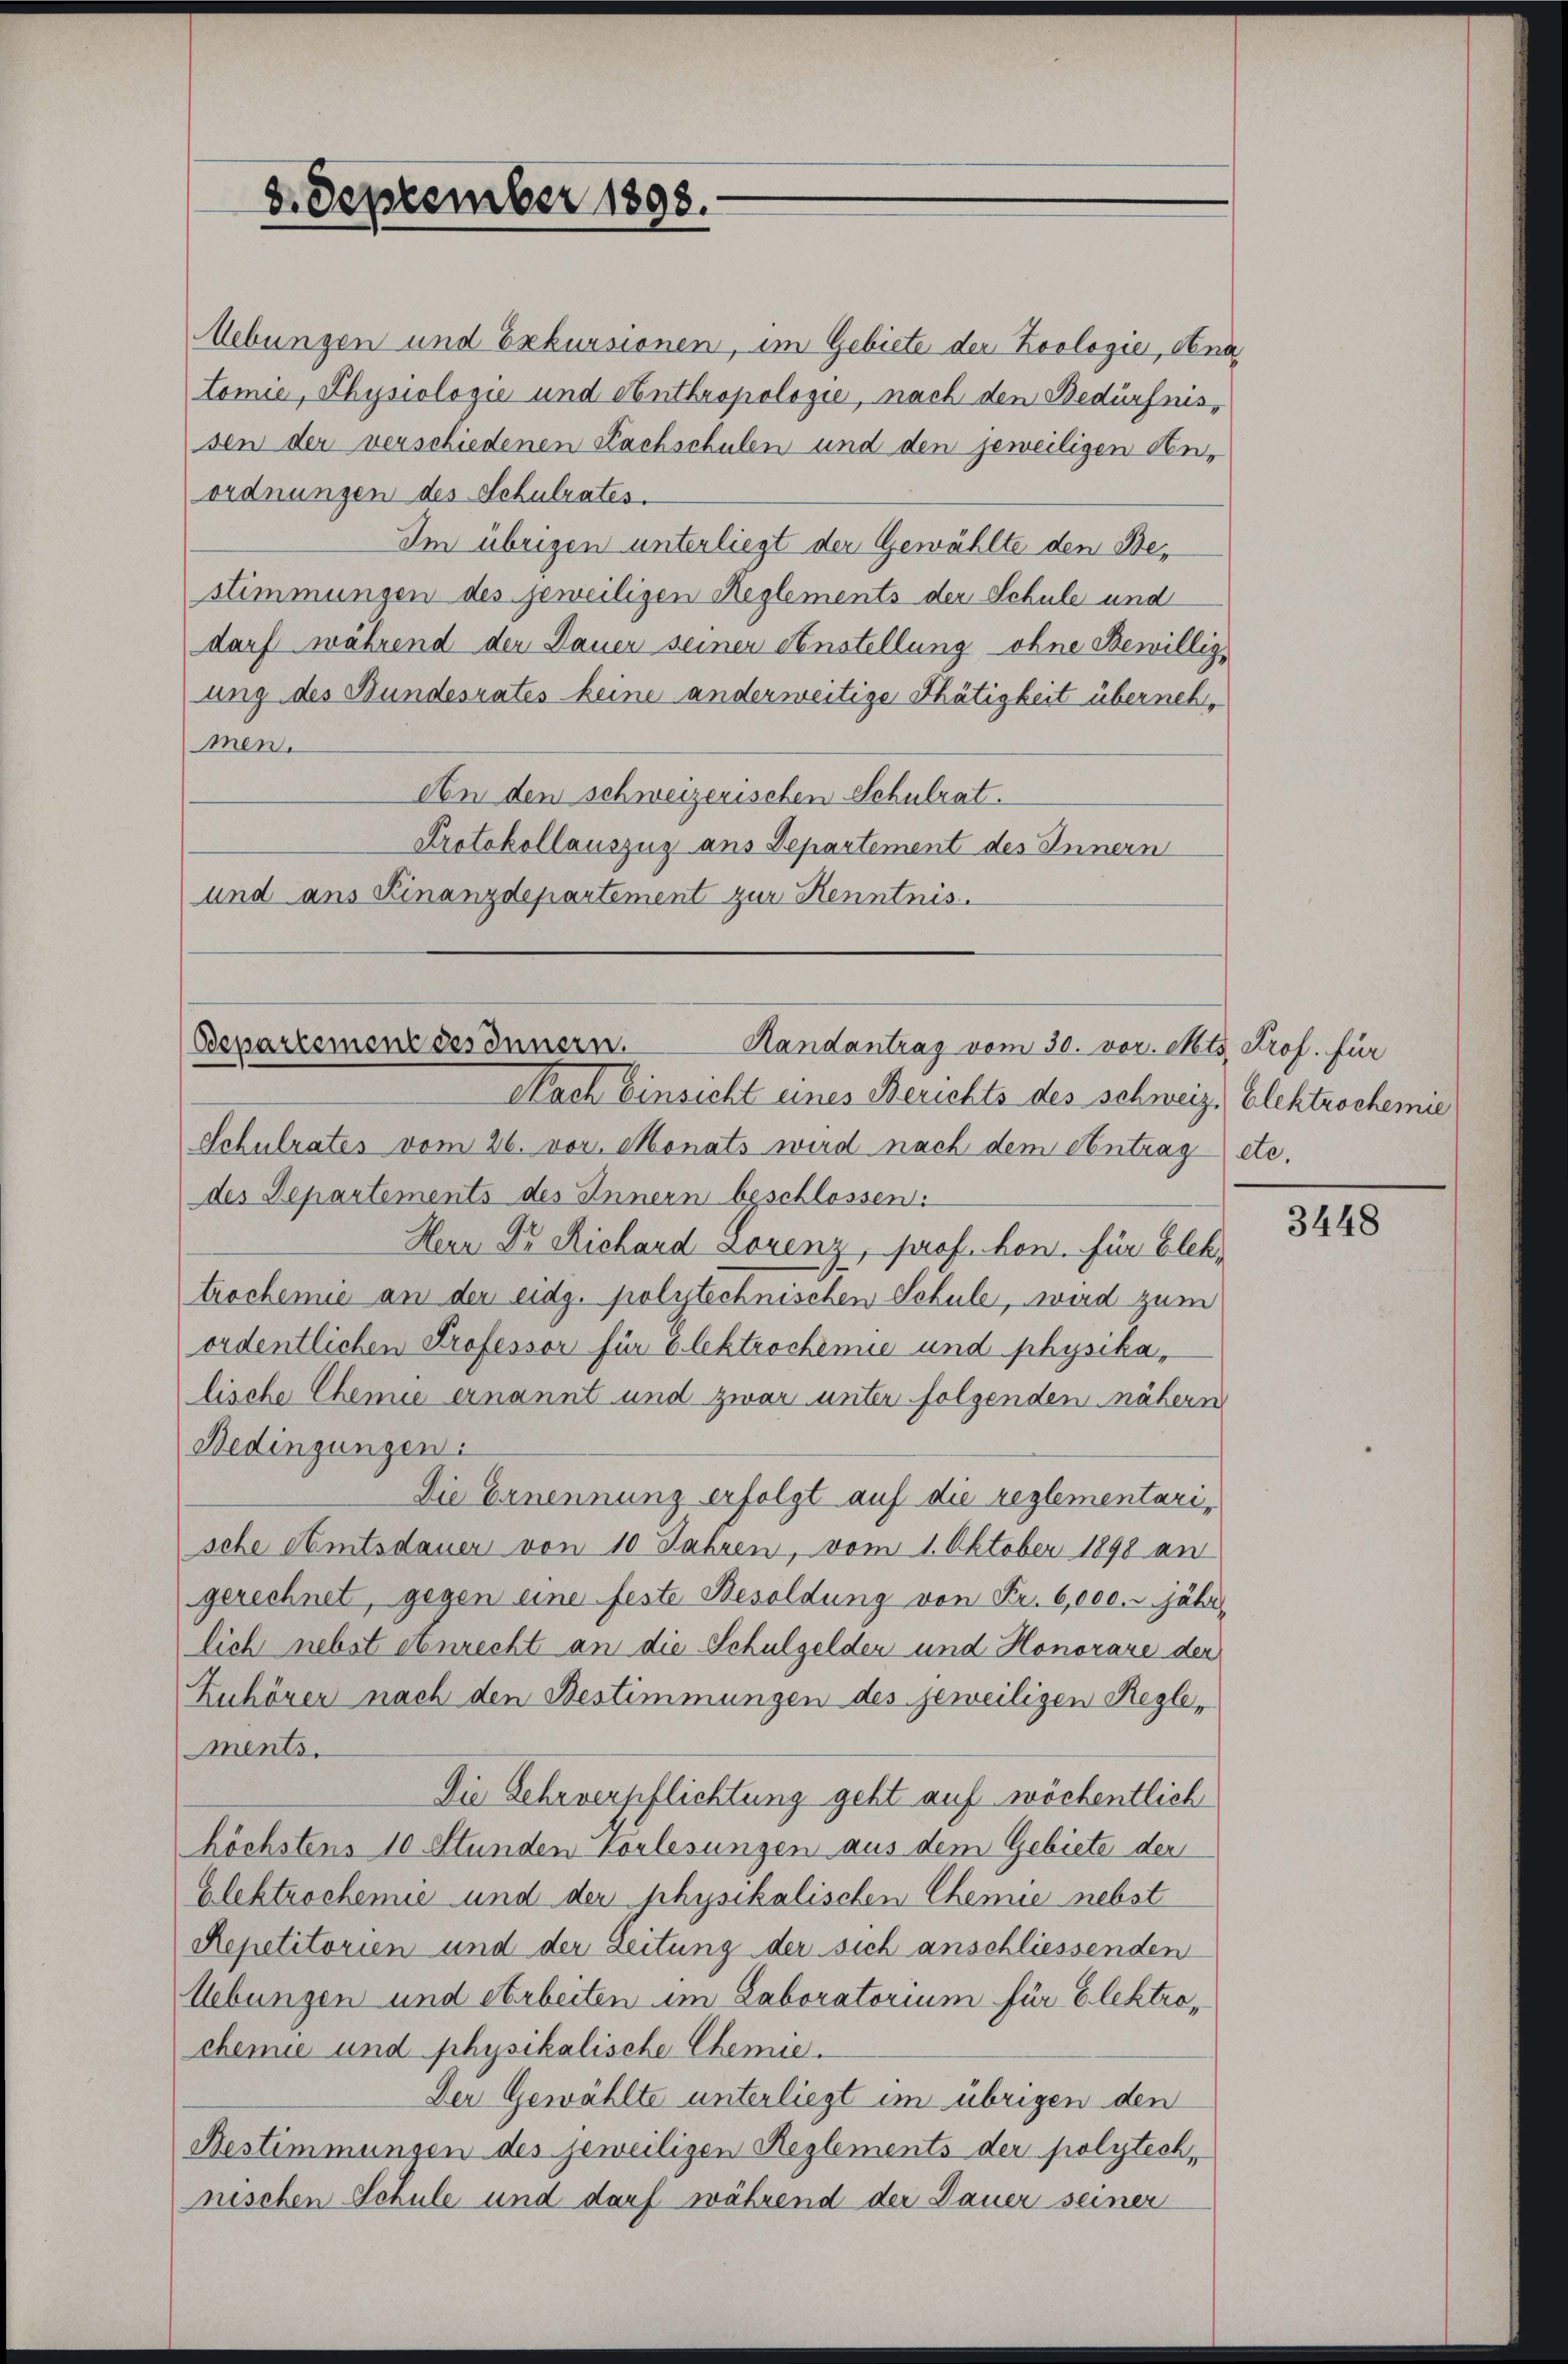
8. September 1898.

Uebungen und Exkursionen, im Gebiete der Zoologie, na
tomie, Physiologie und Anthropologie, nach den Bedürfnissen der verschiedenen Nachschulen und den jeweiligen An-
ordnungen des Schulrates.
Im übrigen unterliegt der Gewählte den Bestimmungen des jeweiligen Reglements der Schule und
darf während der Dauer seiner Anstellung ohne Bewilligung des Bundesrates keine anderweitige Thätigkeit übernehmen.
An den schweizerischen Schulrat.
Protokollauszug aus Departement des Innern
und ans Finanzdepartement zur Kenntnis.

Departement des Innern.
Handantrag vom 30. vor. Mts. Prof. für
Nach Einsicht eines Berichts des schweiz. Elektrochemie

Schulrates vom 26. vor. Monats wird nach dem Antrag etc.
des Departements des Innern beschlossen:
Herr Dr Richard Lorenz, prof. hon. für Elek
trochemie an der eidg. polytechnischen Schule, wird zum
ordentlichen Professor für Elektrochenie und physika,
lische Chemie ernannt und zwar unter folgenden nähern
Bedingungen:
Die Ernennung erfolgt auf die reglementarische Amtsdauer von 10 Jahren, vom 1. Oktober 1898 an
gerechnet, gegen eine feste Besoldung von Fr. 6,000. jähr
lich nebst einrecht an die Schulgelden und Honorare der
Zuhörer nach den Bestimmungen des jeweiligen Reglements.
Die Scheverpflichtung geht auf wöchentlich
höchstens 10 Stunden Vorlesungen aus dem Gebiete der
Elektrochenie und der physikalischen Chemie nebst
Repetitorien und der Leitung der sich anschliessenden
Uebungen und Arbeiten im Laboratorium für Elektrochemie und physikalische Chemie.
Der Gewählte unterliegt im übrigen den
Bestimmungen des jeweiligen Reglements der polytech,
nischen Schule und darf während der Dauer seiner

3448